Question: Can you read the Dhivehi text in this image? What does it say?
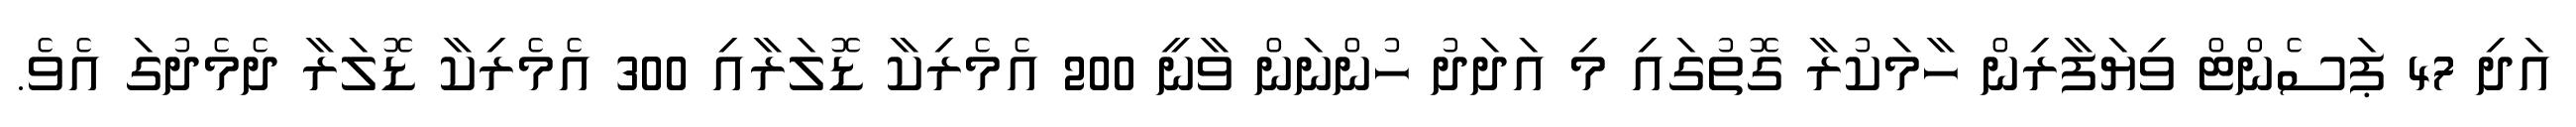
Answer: އަދި 47 ޕަސެންޓް ވިޔަފާރިން ހާމަކުރާ ގޮތުގައި މި އަދަދު ހުންނަން ވާނީ 200 އެމެރިކާ ޑޮލަރާއި 300 އެމެރިކާ ޑޮލަރާ ދެމެދުގަ އެވެ.